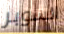
السوبر